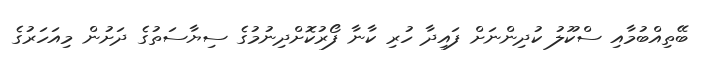
ބޭތިއްބުމާއި ސްކޫލު ކުދިންނަށް ފައިދާ ހުރި ކާނާ ފޯރުކޮށްދިނުމުގެ ސިޔާސަތުގެ ދަށުން މިއަހަރުގެ